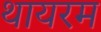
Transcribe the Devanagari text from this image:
थायरम